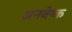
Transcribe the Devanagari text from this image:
अनवेष्क